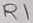
Text: R1